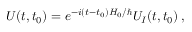
U ( t , t _ { 0 } ) = e ^ { - i ( t - t _ { 0 } ) H _ { 0 } / \hbar } U _ { I } ( t , t _ { 0 } ) \, ,